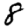
Digit: 8